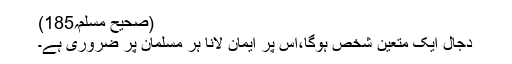
(صحیح مسلم؍185)
دجال ایک متعین شخص ہوگا،اس پر ایمان لانا ہر مسلمان پر ضروری ہے۔